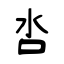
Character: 呇